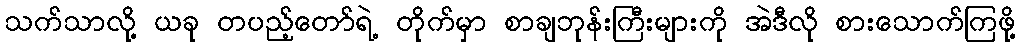
သက်သာလို့ ယခု တပည့်တော်ရဲ့ တိုက်မှာ စာချဘုန်းကြီးများကို အဲဒီလို စားသောက်ကြဖို့